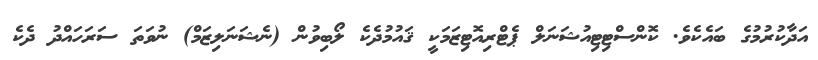
އަދާކުރުމުގެ ބައެކެވެ. ކޮންސްޓިޓިއުޝަނަލް ޕެޓްރިއޮޓިޒަމަކީ ޤައުމުދެކެ ލޯބިވުން (ނެޝަނަލިޒަމް) ނުވަތަ ސަރަހައްދު ދެކެ